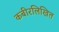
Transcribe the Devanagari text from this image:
कबीरलिखित